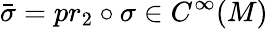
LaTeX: {\bar{\sigma}}=pr_{2}\circ\sigma\in C^{\infty}(M)